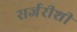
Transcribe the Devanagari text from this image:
सर्जरीशी